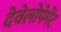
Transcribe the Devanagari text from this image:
देवेलोपेमेंट